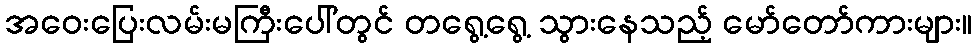
အဝေးပြေးလမ်းမကြီးပေါ်တွင် တရွေ့ရွေ့ သွားနေသည့် မော်တော်ကားများ။